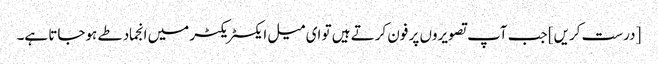
[درست کریں] جب آپ تصویروں پر فون کرتے ہیں تو ای میل ایکسٹریکٹر میں انجماد طے ہوجاتا ہے۔